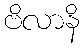
ဗိလာနိ